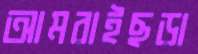
আমরাইছড়া